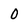
Character: 0